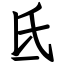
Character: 氐